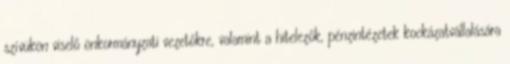
szívükön viselő önkormányzati vezetőkre, valamint a hitelezők, pénzintézetek kockázatvállalására